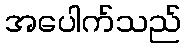
အပေါက်သည်